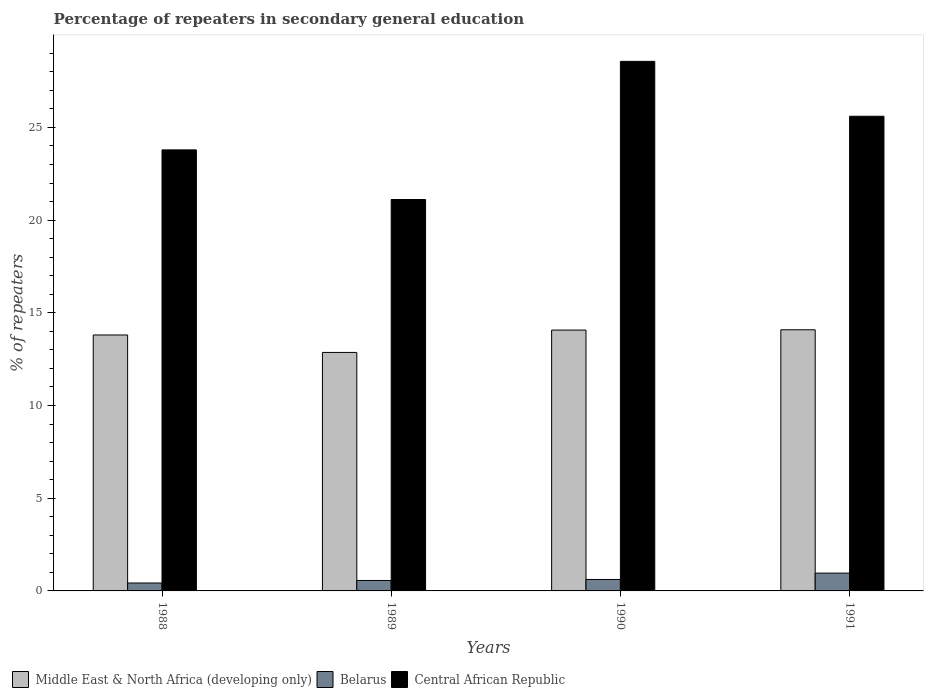
| Years | Middle East & North Africa (developing only) | Belarus | Central African Republic |
 | --- | --- | --- | --- |
 | 1988 | 13.8 | 0.427 | 23.8 |
 | 1989 | 12.9 | 0.563 | 21.1 |
 | 1990 | 14.1 | 0.618 | 28.6 |
 | 1991 | 14.1 | 0.96 | 25.6 |